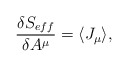
\begin{align*}\frac{\delta S_{eff}}{\delta A^{\mu}}=\langle J_{\mu} \rangle,\end{align*}